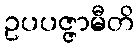
ဥပပဇ္ဇာမီတိ